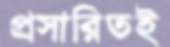
প্রসারিতই